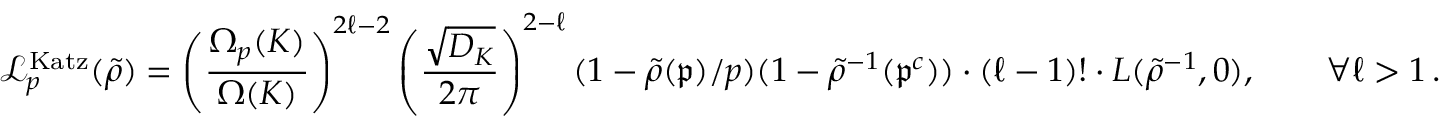
\mathcal L _ { p } ^ { \mathrm { K a t z } } ( \widetilde \rho ) = \left( \frac { \Omega _ { p } ( K ) } { \Omega ( K ) } \right) ^ { 2 \ell - 2 } \left( \frac { \sqrt { D _ { K } } } { 2 \pi } \right) ^ { 2 - \ell } ( 1 - \widetilde \rho ( \mathfrak { p } ) / p ) ( 1 - \widetilde \rho ^ { - 1 } ( \mathfrak { p } ^ { c } ) ) \cdot ( \ell - 1 ) ! \cdot L ( \widetilde \rho ^ { - 1 } , 0 ) , \qquad \forall \ell > 1 \, .